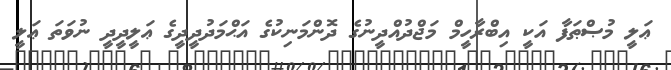
ޢަލީ މުޞްޠަފާ އަކީ އިބްރާހީމް މަޖްދުއްދީނުގެ ދޮންމަނިކުގެ އަޙްމަދުދީދީގެ ޢަލީދީދީ ނުވަތަ ޢަލީ